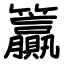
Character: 籯